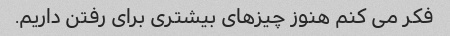
فکر می کنم هنوز چیزهای بیشتری برای رفتن داریم.